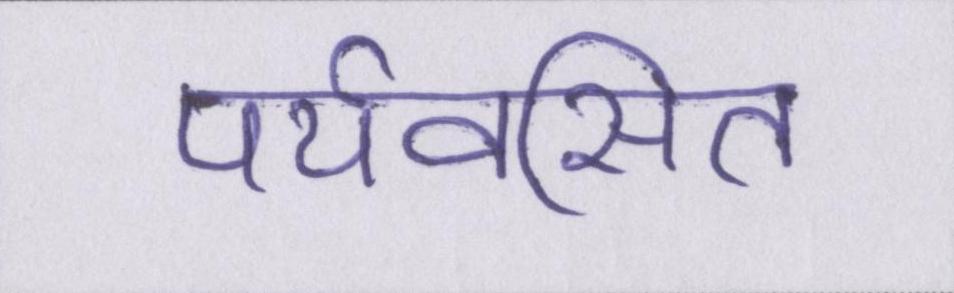
पर्यवसित